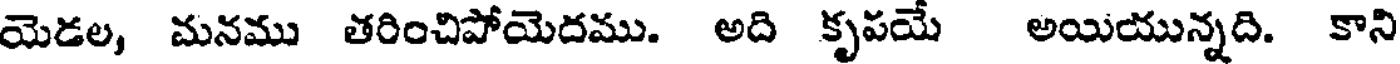
యెడల, మనము తరించిపోయెదము. అది కృపయే అయియున్నది. కాని